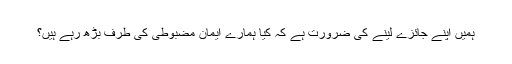
ہمیں اپنے جائزے لینے کی ضرورت ہے کہ کیا ہمارے ایمان مضبوطی کی طرف بڑھ رہے ہیں؟